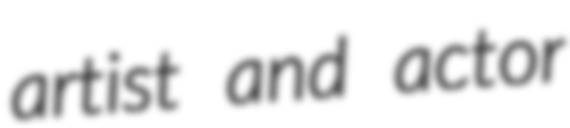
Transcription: artist and actor